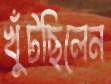
খুঁটছিলেন